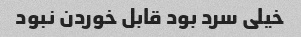
خیلی سرد بود قابل خوردن نبود